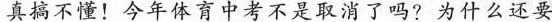
真搞不懂！今年体育中考不是取消了吗?为什么还要